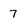
Character: 7